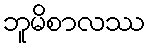
ဘူမိစာလဿ